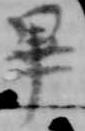
畢